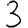
Digit: 3